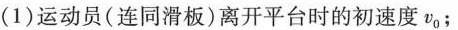
(1)运动员(连同滑板)离开平台时的初速度v_{ 0 }；